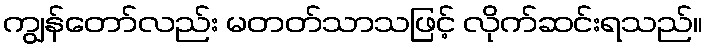
ကျွန်တော်လည်း မတတ်သာသဖြင့် လိုက်ဆင်းရသည်။